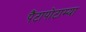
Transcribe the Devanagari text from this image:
पैंटापोटाम्या